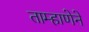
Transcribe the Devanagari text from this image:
ताम्हाणेने